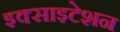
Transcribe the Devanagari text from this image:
इक्साइटेशन